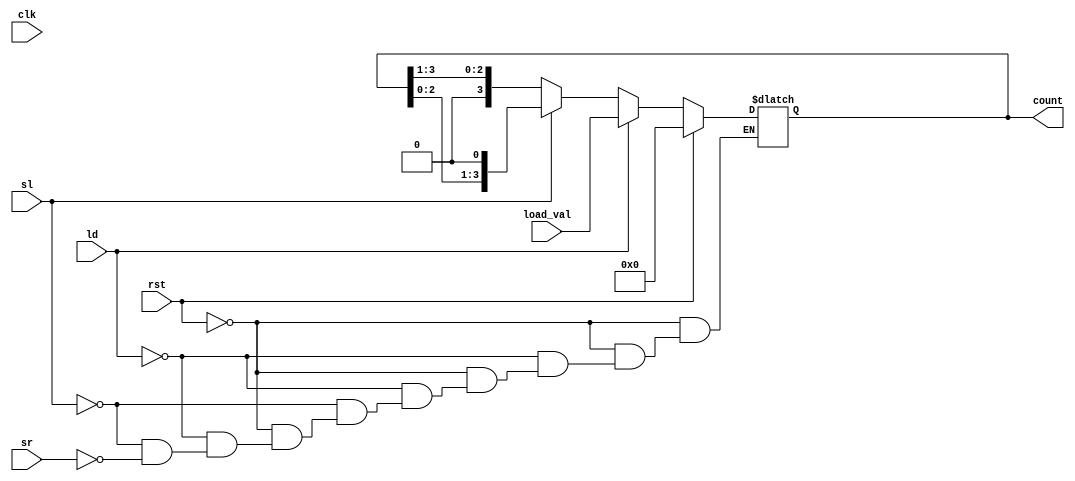
module async_shift_counter (
    input wire clk,          // Clock signal (not used in asynchronous operation)
    input wire rst,          // Reset signal
    input wire ld,           // Load signal
    input wire sl,           // Shift Left signal
    input wire sr,           // Shift Right signal
    input wire [3:0] load_val, // Value to load into the counter
    output reg [3:0] count   // Current count value
);

// Asynchronous reset and control logic
always @(*) begin
    if (rst) begin
        count = 4'b0000; // Reset the counter to 0
    end else if (ld) begin
        count = load_val; // Load the preset value
    end else if (sl) begin
        count = {count[2:0], 1'b0}; // Shift left, LSB filled with 0
    end else if (sr) begin
        count = {1'b0, count[3:1]}; // Shift right, MSB filled with 0
    end
end

endmodule